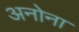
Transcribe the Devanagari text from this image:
अनोना